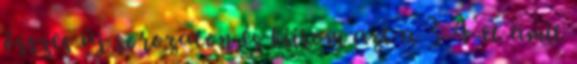
összes új sorozaton és kiírom azt a 3-4-et amit